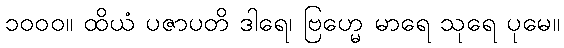
၁၀၀၀။ ထိယံ ပဇာပတိ ဒါရေ၊ ဗြဟ္မေ မာရေ သုရေ ပုမေ။